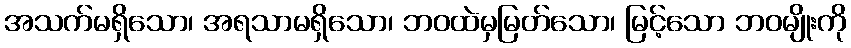
အသက်မရှိသော၊ အရသာမရှိသော၊ ဘဝထဲမှမြတ်သော၊ မြင့်သော ဘဝမျိုးကို